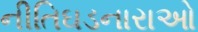
નીતિઘડનારાઓ